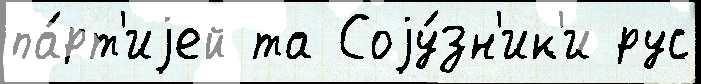
па́рт'иjей та Соjу́зн'ик'и рус